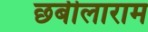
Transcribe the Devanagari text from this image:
छबीलाराम